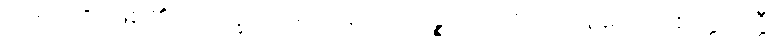
ဟောတိ၊ ဖြစ်၏။ ဘိက္ခဝေ၊ ရဟန်းတို့။ ပဉ္စဟိ၊ ငါးပါးကုန်သော။ စက္ကဝတ္တီ၊